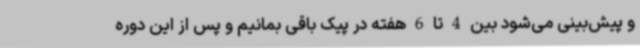
و پیش‌بینی می‌شود بین 4 تا 6 هفته در پیک باقی بمانیم و پس از این دوره